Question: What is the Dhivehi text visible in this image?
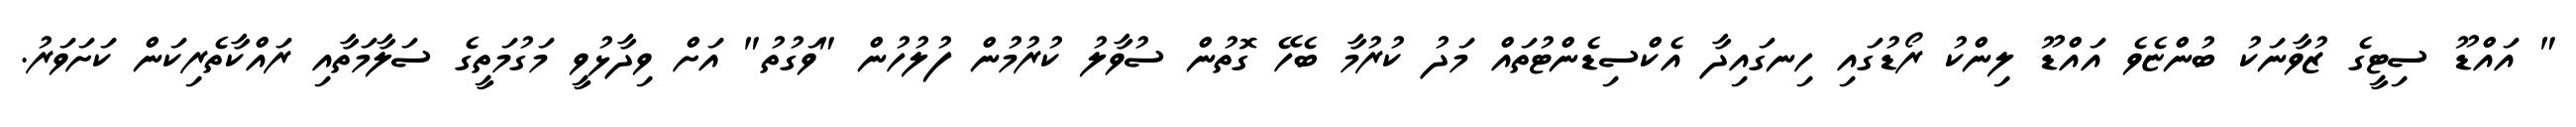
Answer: " އައްޑޫ ސިޓީގެ ޒުވާނަކު ބުންޏެވެ އައްޑޫ ލިންކު ރޯޑުގައި ހިނގައިދާ އެކްސިޑެންޓުތައް މަދު ކުރުމާ ބެހޭ ގޮތުން ސުވާލު ކުރުމުން ފުލުހުން "ވަގުތު" އަށް ވިދާޅުވީ މަގުމަތީގެ ސަލާމަތާއި ރައްކާތެރިކަން ކަށަވަރު.